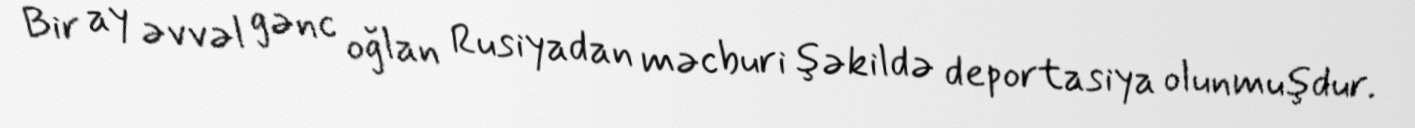
Bir ay əvvəl gənc oğlan Rusiyadan məcburi şəkildə deportasiya olunmuşdur.